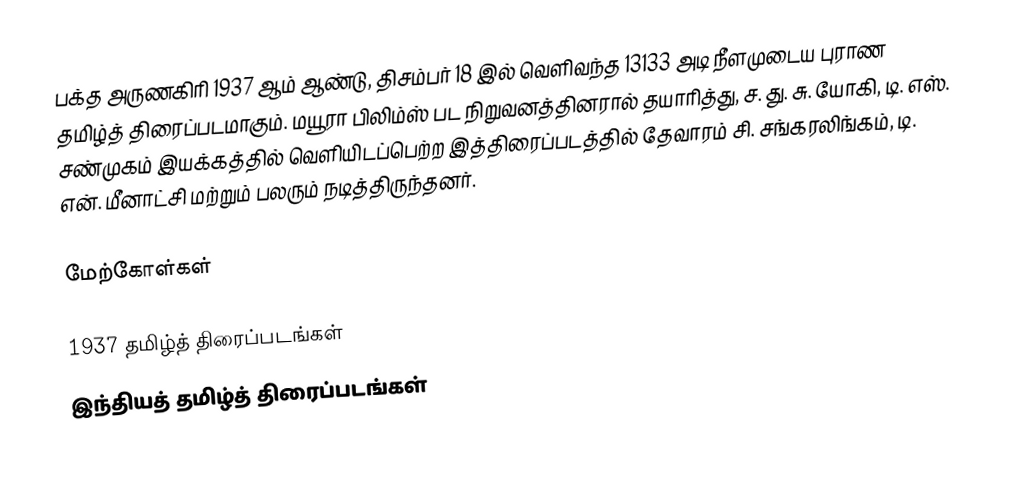
பக்த அருணகிரி 1937 ஆம் ஆண்டு, திசம்பர் 18 இல் வெளிவந்த 13133 அடி நீளமுடைய புராண தமிழ்த் திரைப்படமாகும். மயூரா பிலிம்ஸ் பட நிறுவனத்தினரால் தயாரித்து, ச. து. சு. யோகி, டி. எஸ். சண்முகம் இயக்கத்தில் வெளியிடப்பெற்ற இத்திரைப்படத்தில் தேவாரம் சி. சங்கரலிங்கம், டி. என். மீனாட்சி மற்றும் பலரும் நடித்திருந்தனர்.

மேற்கோள்கள்

1937 தமிழ்த் திரைப்படங்கள்
இந்தியத் தமிழ்த் திரைப்படங்கள்